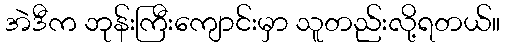
အဲဒီက ဘုန်းကြီးကျောင်းမှာ သူတည်းလို့ရတယ်။